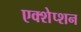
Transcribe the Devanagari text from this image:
एक्शेप्शन